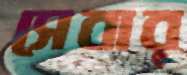
সেবার